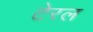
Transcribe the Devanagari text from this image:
टेरल